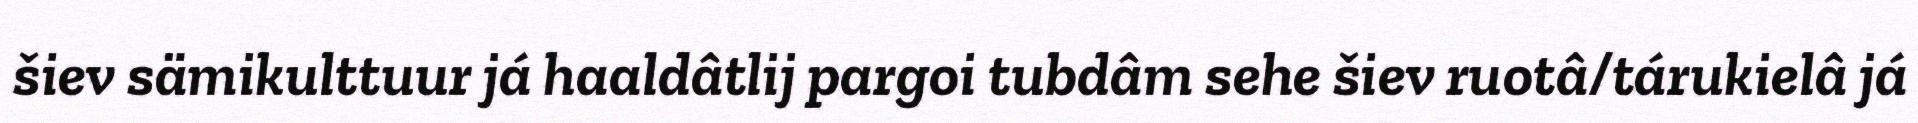
šiev sämikulttuur já haaldâtlij pargoi tubdâm sehe šiev ruotâ/tárukielâ já